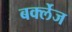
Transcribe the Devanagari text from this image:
बर्क्लेज